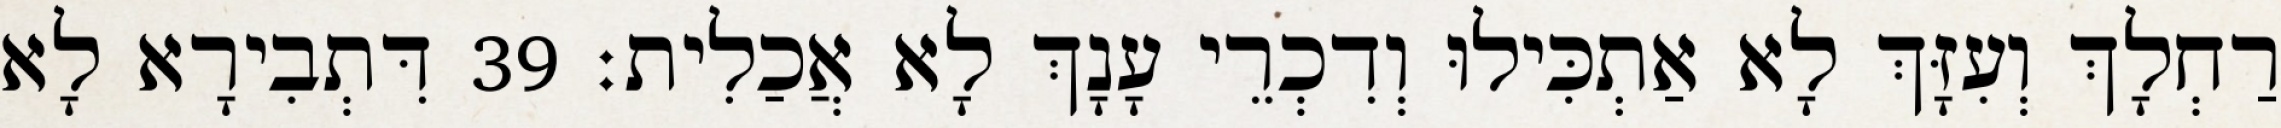
רַחְלָךְ וְעִזָּךְ לָא אַתְכִּילוּ וְדִכְרֵי עָנָךְ לָא אֲכַלִית׃ 39 דִּתְבִירָא לָא